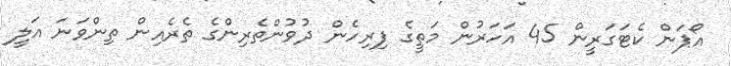
އޯޕަން ކެޓަގަރީން 45 އަހަރުން މަތީގެ ފިރިހެން ދުވުންތެރިންގެ ތެރެއިން ތިންވަނަ އަލީ